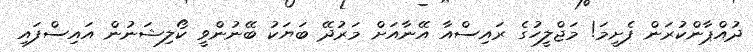
ދުއްޕާންކުރަން ފެށީމަ! މަޖްލީހުގެ ރައިސްއާ އޭނާއަށް މަރުދޭ ބަޔަކު ބޭނުންވީ ކޯލިޝަނުން އައިސްފައި